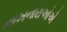
નાખનારાઓએ